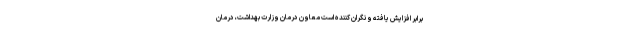
برابر افزایش یافته و نگران کننده است معاون درمان وزارت بهداشت، درمان